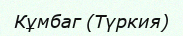
Кұмбаг (Түркия)